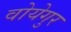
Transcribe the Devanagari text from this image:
वोयेगुर